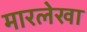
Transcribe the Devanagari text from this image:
मारलेखा